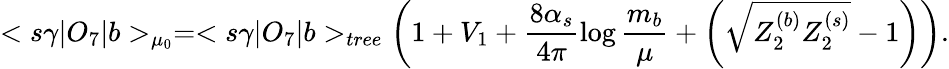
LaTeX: <s\gamma|O_{7}|b>_{\mu_{0}}=<s\gamma|O_{7}|b>_{tree}\left(1+V_{1}+\frac{8\alpha_{s}}{4\pi}\log\frac{m_{b}}{\mu}+\left(\sqrt{Z_{2}^{(b)}Z_{2}^{(s)}}-1\right)\right).